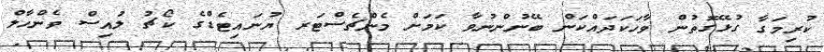
ކުރިމަގާ ގުޅޭގޮތުން ވާހަކަދައްކަން ބޭނުންނުވާ ކަމަށް މެންޗެސްޓަރ ޔުނައިޓެޑްގެ ކޯޗު ލުއިސް ވެންހާލް